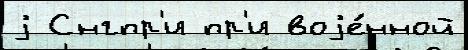
j Снгпр'и пр'и воjе́нной